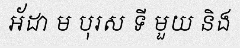
អ័ដា ម បុរស ទី មួយ និង